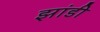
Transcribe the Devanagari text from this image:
झांडी